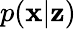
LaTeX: p(\mathbf{x}|\mathbf{z})